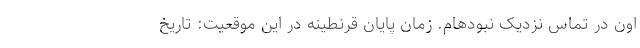
اون در تماس نزدیک نبودهام. زمان پایان قرنطینه در این موقعیت: تاریخ